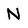
Character: N